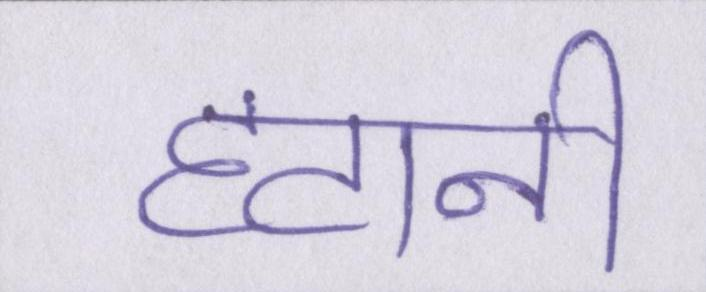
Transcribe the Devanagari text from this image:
हटानी